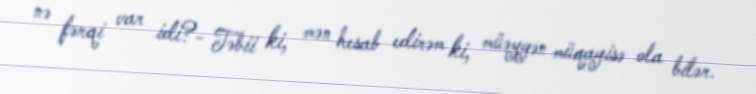
nə fərqi var idi?- Təbii ki, mən hesab edirəm ki, müəyyən müqayisə ola bilər.